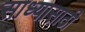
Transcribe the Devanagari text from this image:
साध्यासाठी